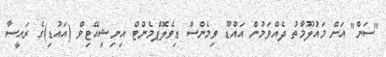
"ސަން" އަށް މައުލޫމާތު ދެއްވަމުން އައްޑޫ ވިމެންސް ޑިވެލޮޕްމެންޓް އިނިޝިއޭޓިވް (އައުޑި)ގެ ރައީސާ